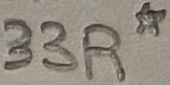
Text: 33R*